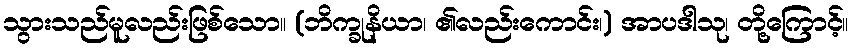
သွားသည်မူလည်းဖြစ်သော။ (ဘိက္ခုနိယာ၊ ၏လည်းကောင်း၊) အာပဒါသု၊ တို့ကြောင့်။